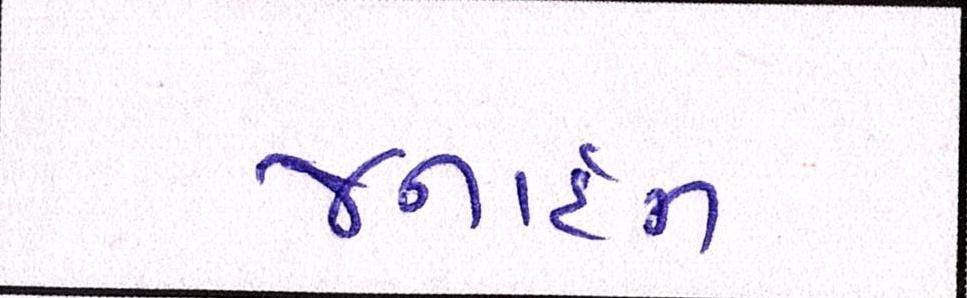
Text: જર્નાદન